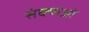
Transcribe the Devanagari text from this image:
संक्याओं